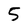
Character: 5